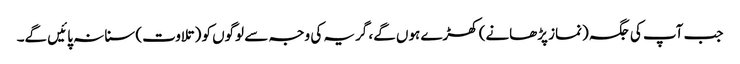
جب آپ کی جگہ (نماز پڑھانے) کھڑے ہوں گے، گریہ کی وجہ سے لوگوں کو (تلاوت) سنا نہ پائیں گے۔